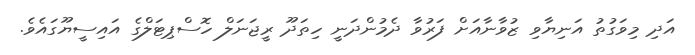
އަދި މިވަގުތު އަނިޔާވި ޒުވާނާއަށް ފަރުވާ ދެމުންދަނީ ހިތަދޫ ރީޖަނަލް ހޮސްޕިޓަލްގެ އައިސީޔޫގައެވެ.